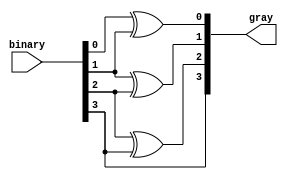
module binary_to_gray(input [size-1:0] binary ,output [size-1:0] gray);
  parameter size=4;
  genvar i;
  generate
    for(i=0;i<size-1;i++)
      assign gray[i]=binary[i]^binary[i+1];
  endgenerate
  assign gray[size-1]=binary[size-1];
endmodule